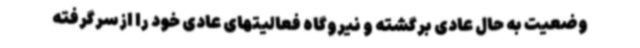
وضعیت به حال عادی برگشته و نیروگاه فعالیتهای عادی خود را ازسرگرفته